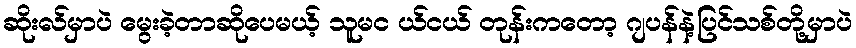
ဆိုးလ်မှာပဲ မွေးခဲ့တာဆိုပေမယ့် သူမင ယ်ငယ် တုန်းကတော့ ဂျပန်နဲ့ပြင်သစ်တို့မှာပဲ